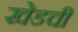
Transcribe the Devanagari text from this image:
खेडची